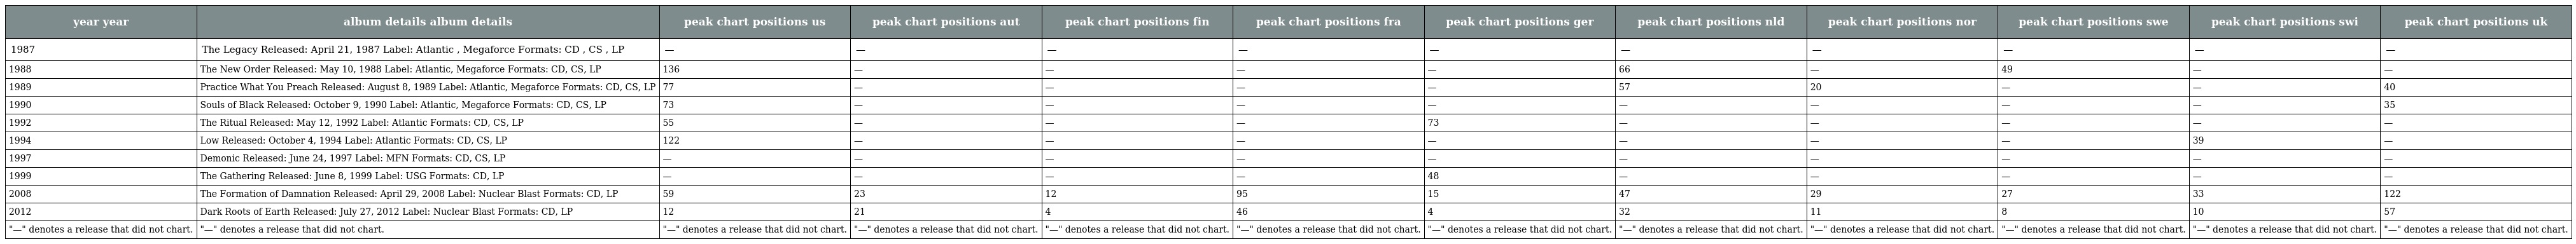
| year year | album details album details | peak chart positions us | peak chart positions aut | peak chart positions fin | peak chart positions fra | peak chart positions ger | peak chart positions nld | peak chart positions nor | peak chart positions swe | peak chart positions swi | peak chart positions uk |
 | --- | --- | --- | --- | --- | --- | --- | --- | --- | --- | --- | --- |
 | 1987 | The Legacy Released: April 21, 1987 Label: Atlantic , Megaforce Formats: CD , CS , LP | — | — | — | — | — | — | — | — | — | — |
 | 1988 | The New Order Released: May 10, 1988 Label: Atlantic, Megaforce Formats: CD, CS, LP | 136 | — | — | — | — | 66 | — | 49 | — | — |
 | 1989 | Practice What You Preach Released: August 8, 1989 Label: Atlantic, Megaforce Formats: CD, CS, LP | 77 | — | — | — | — | 57 | 20 | — | — | 40 |
 | 1990 | Souls of Black Released: October 9, 1990 Label: Atlantic, Megaforce Formats: CD, CS, LP | 73 | — | — | — | — | — | — | — | — | 35 |
 | 1992 | The Ritual Released: May 12, 1992 Label: Atlantic Formats: CD, CS, LP | 55 | — | — | — | 73 | — | — | — | — | — |
 | 1994 | Low Released: October 4, 1994 Label: Atlantic Formats: CD, CS, LP | 122 | — | — | — | — | — | — | — | 39 | — |
 | 1997 | Demonic Released: June 24, 1997 Label: MFN Formats: CD, CS, LP | — | — | — | — | — | — | — | — | — | — |
 | 1999 | The Gathering Released: June 8, 1999 Label: USG Formats: CD, LP | — | — | — | — | 48 | — | — | — | — | — |
 | 2008 | The Formation of Damnation Released: April 29, 2008 Label: Nuclear Blast Formats: CD, LP | 59 | 23 | 12 | 95 | 15 | 47 | 29 | 27 | 33 | 122 |
 | 2012 | Dark Roots of Earth Released: July 27, 2012 Label: Nuclear Blast Formats: CD, LP | 12 | 21 | 4 | 46 | 4 | 32 | 11 | 8 | 10 | 57 |
 | "—" denotes a release that did not chart. | "—" denotes a release that did not chart. | "—" denotes a release that did not chart. | "—" denotes a release that did not chart. | "—" denotes a release that did not chart. | "—" denotes a release that did not chart. | "—" denotes a release that did not chart. | "—" denotes a release that did not chart. | "—" denotes a release that did not chart. | "—" denotes a release that did not chart. | "—" denotes a release that did not chart. | "—" denotes a release that did not chart. |